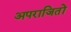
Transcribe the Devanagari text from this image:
अपराजितों